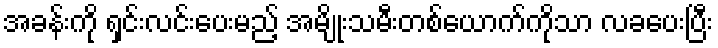
အခန်းကို ရှင်းလင်းပေးမည့် အမျိုးသမီးတစ်ယောက်ကိုသာ လခပေးပြီး